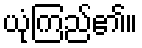
ယုံကြည်၏။